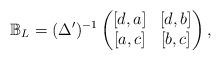
LaTeX: \begin{align*} \mathbb{B}_L&=(\Delta')^{-1}\left(\begin{matrix} [d,a] & [d,b] \\ [a,c] & [b,c] \end{matrix}\right), \end{align*}